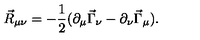
\vec { R } _ { \mu \nu } = - \frac { 1 } { 2 } ( \partial _ { \mu } \vec { \Gamma } _ { \nu } - \partial _ { \nu } \vec { \Gamma } _ { \mu } ) .